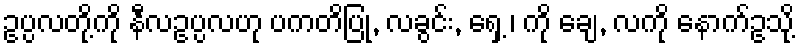
ဥပ္ပလတို့ကို နီလဥပ္ပလဟု ပကတိပြု, လခွင်း, ရှေ့ ၊ ကို ချေ, လကို နောက်ဥသို့